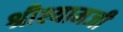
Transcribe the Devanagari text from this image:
श्रीश्यामजी